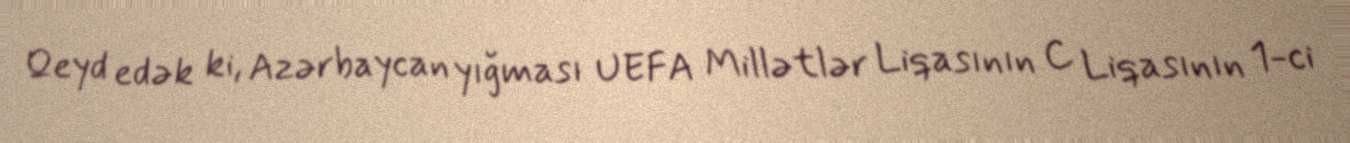
Qeyd edək ki, Azərbaycan yığması UEFA Millətlər Liqasının C Liqasının 1-ci